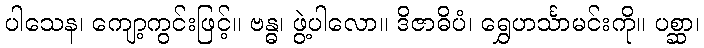
ပါသေန၊ ကျော့ကွင်းဖြင့်။ ဗန္ဓ၊ ဖွဲ့ပါလော။ ဒိဇာဓိပံ၊ ရွှေဟင်္သာမင်းကို။ ပစ္ဆာ၊